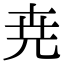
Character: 尭